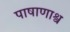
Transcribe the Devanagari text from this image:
पाषाणाश्व